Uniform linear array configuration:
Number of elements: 8
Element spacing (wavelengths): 0.5
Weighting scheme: uniform
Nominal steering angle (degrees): -60
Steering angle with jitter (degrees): -58.769
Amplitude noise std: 0.05
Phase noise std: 0.05

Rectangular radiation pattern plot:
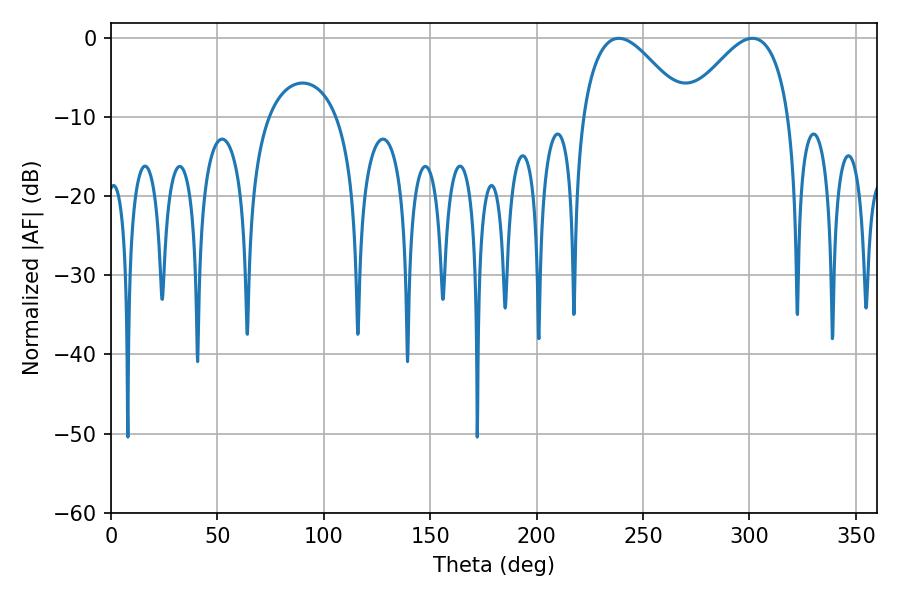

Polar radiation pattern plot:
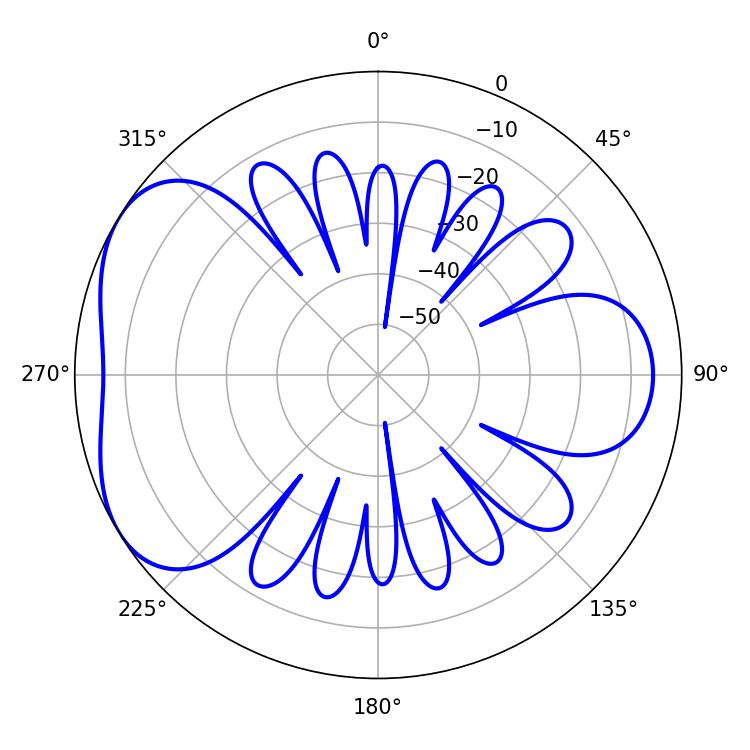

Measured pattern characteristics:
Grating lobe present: FALSE
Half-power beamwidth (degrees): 26.46
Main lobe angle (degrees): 238.68